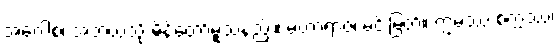
အဝေါစ၊ အဘယ်သို့ မိန့်တော်မူသနည်း။ မဟာရာဇ၊ မင်းမြတ်။ ဣမဿ စက္ကဿ၊